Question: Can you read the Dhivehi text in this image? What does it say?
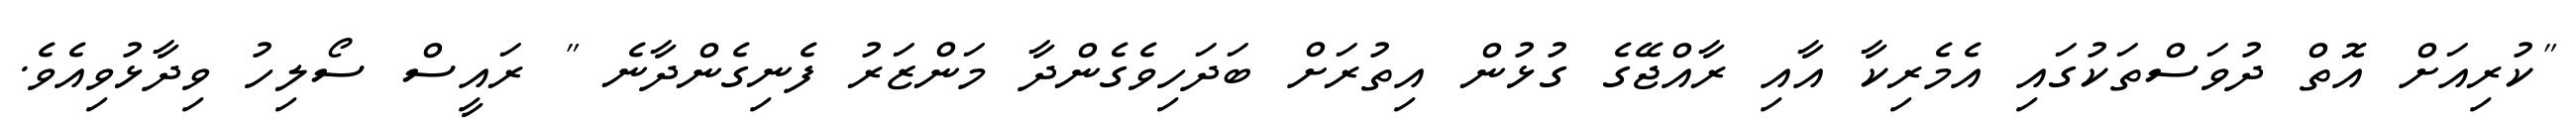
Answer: "ކުރިއަށް އޮތް ދުވަސްތަކުގައި އެމެރިކާ އާއި ރާއްޖޭގެ ގުޅުން އިތުރަށް ބަދަހިވެގެންދާ މަންޒަރު ފެނިގެންދާނެ " ރައީސް ސޯލިހު ވިދާޅުވިއެވެ.